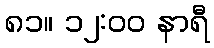
၈၁။ ၁၂:၀၀ နာရီ